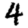
Digit: 4